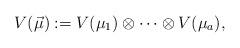
LaTeX: \begin{align*}V(\vec{\mu}):=V(\mu_{1})\otimes\cdots\otimes V(\mu_{a}),\end{align*}